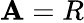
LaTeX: \mathbf{A}=R